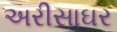
અરીસાઘર